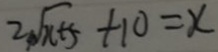
2 \sqrt { x + 5 } + 1 0 = x